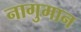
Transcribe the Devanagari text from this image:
नागुमान